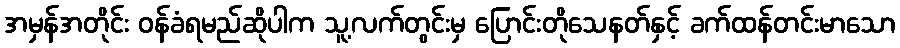
အမှန်အတိုင်း ဝန်ခံရမည်ဆိုပါက သူ့လက်တွင်းမှ ပြောင်းတိုသေနတ်နှင့် ခက်ထန်တင်းမာသော